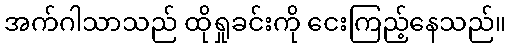
အက်ဂါသာသည် ထိုရှုခင်းကို ငေးကြည့်နေသည်။